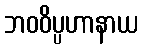
ဘဝဝိပ္ပဟာနာယ